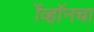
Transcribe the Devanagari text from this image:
ॲव्हॉनचा